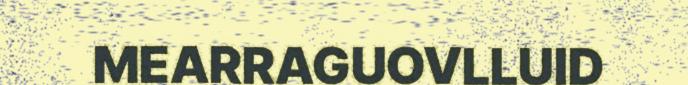
MEARRAGUOVLLUID